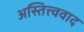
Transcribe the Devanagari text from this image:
अस्तित्त्ववाद